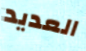
العديد